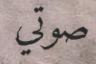
صوتي